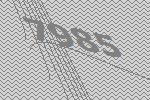
7985